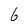
Character: 6